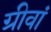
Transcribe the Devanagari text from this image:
ग्रीवां